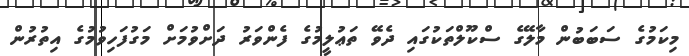
މިކަމުގެ ސަބަބުން މާލޭގެ ސްކޫލްތަކުގައި ދެވޭ ތަޢުލީމުގެ ފެންވަރު ދަށްވުމަށް މަގުފަހިވުމުގެ އިތުރުން